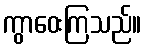
ကွာဝေးကြသည်။